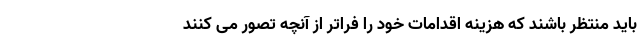
باید منتظر باشند که هزینه اقدامات خود را فراتر از آنچه تصور می کنند